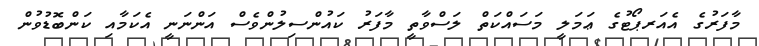
މާފަރުގެ އެއަރޕޯޓުގެ ޢަމަލީ މަސައްކަތް ލަސްވާތީ މާފަރު ކައުންސިލުންވެސް އަންނަނީ އެކަމާއި ކަންބޮޑުވުން